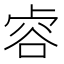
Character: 𧮲